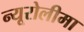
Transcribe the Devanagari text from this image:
न्यूरोलीमा